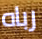
رباه